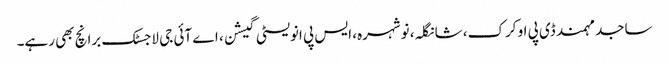
ساجد مہمند ڈی پی او کرک، شانگلہ، نوشہرہ، ایس پی انویسٹی گیشن، اے آئی جی لاجسٹک برانچ بھی رہے۔